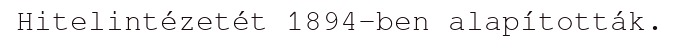
Hitelintézetét 1894-ben alapították.